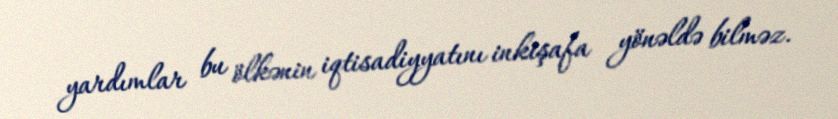
yardımlar bu ölkənin iqtisadiyyatını inkişafa yönəldə bilməz.